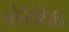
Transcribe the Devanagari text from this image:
मोनॅकोसह